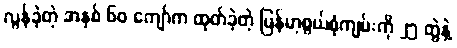
လွန်ခဲ့တဲ့ အနှစ် ၆၀ ကျော်က ထုတ်ခဲ့တဲ့ မြန်မာ့စွယ်စုံကျမ်းကို ၂၅ တွဲနဲ့